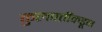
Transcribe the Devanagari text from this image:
कुलपतींकडून